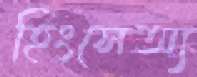
হিংসেঅ্য